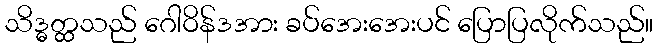
သိဒ္ဓတ္ထသည် ဂေါဝိန်ဒအား ခပ်အေးအေးပင် ပြောပြလိုက်သည်။